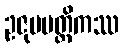
ဥဇုပပတ္တိကဿ